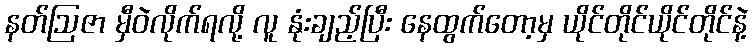
နတ်ဩဇာ မှီဝဲလိုက်ရလို့ လူ နုံးချည့်ပြီး နေထွက်တော့မှ ယိုင်တိုင်ယိုင်တိုင်နဲ့